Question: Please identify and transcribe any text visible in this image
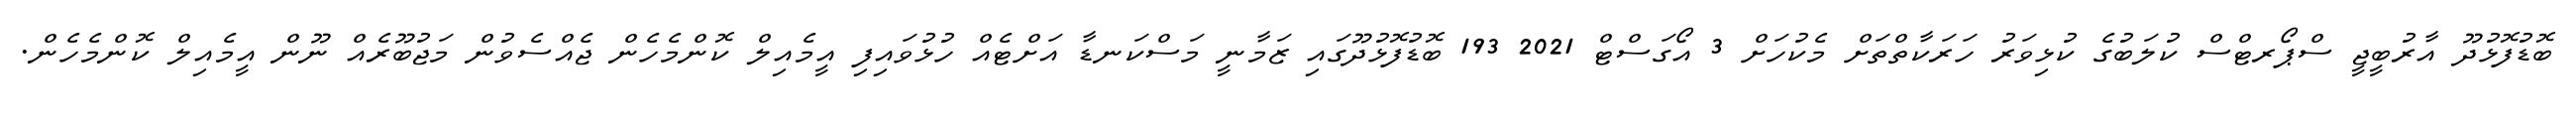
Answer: ބޮޑުފޮޅުދޫ އާރުބީޖީ ސްޕޯރޓްސް ކުލަބުގެ ކުޅިވަރު ހަރަކާތްތަށް މެކުހަށް 3 އޯގަސްޓް 2021 193 ބޮޑުފޮޅުދޫގައި ޒަމާނީ މަސްކަނޑާ އަށްޓެއް ހުޅުވައިފި އީމެއިލް ކޮންމެހެން ޖެއްސެވުން މަޖުބޫރެއް ނޫން އީމެއިލް ކޮންމެހެން.